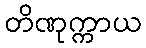
တိဏုက္ကာယ